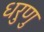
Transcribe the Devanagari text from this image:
धरुणु